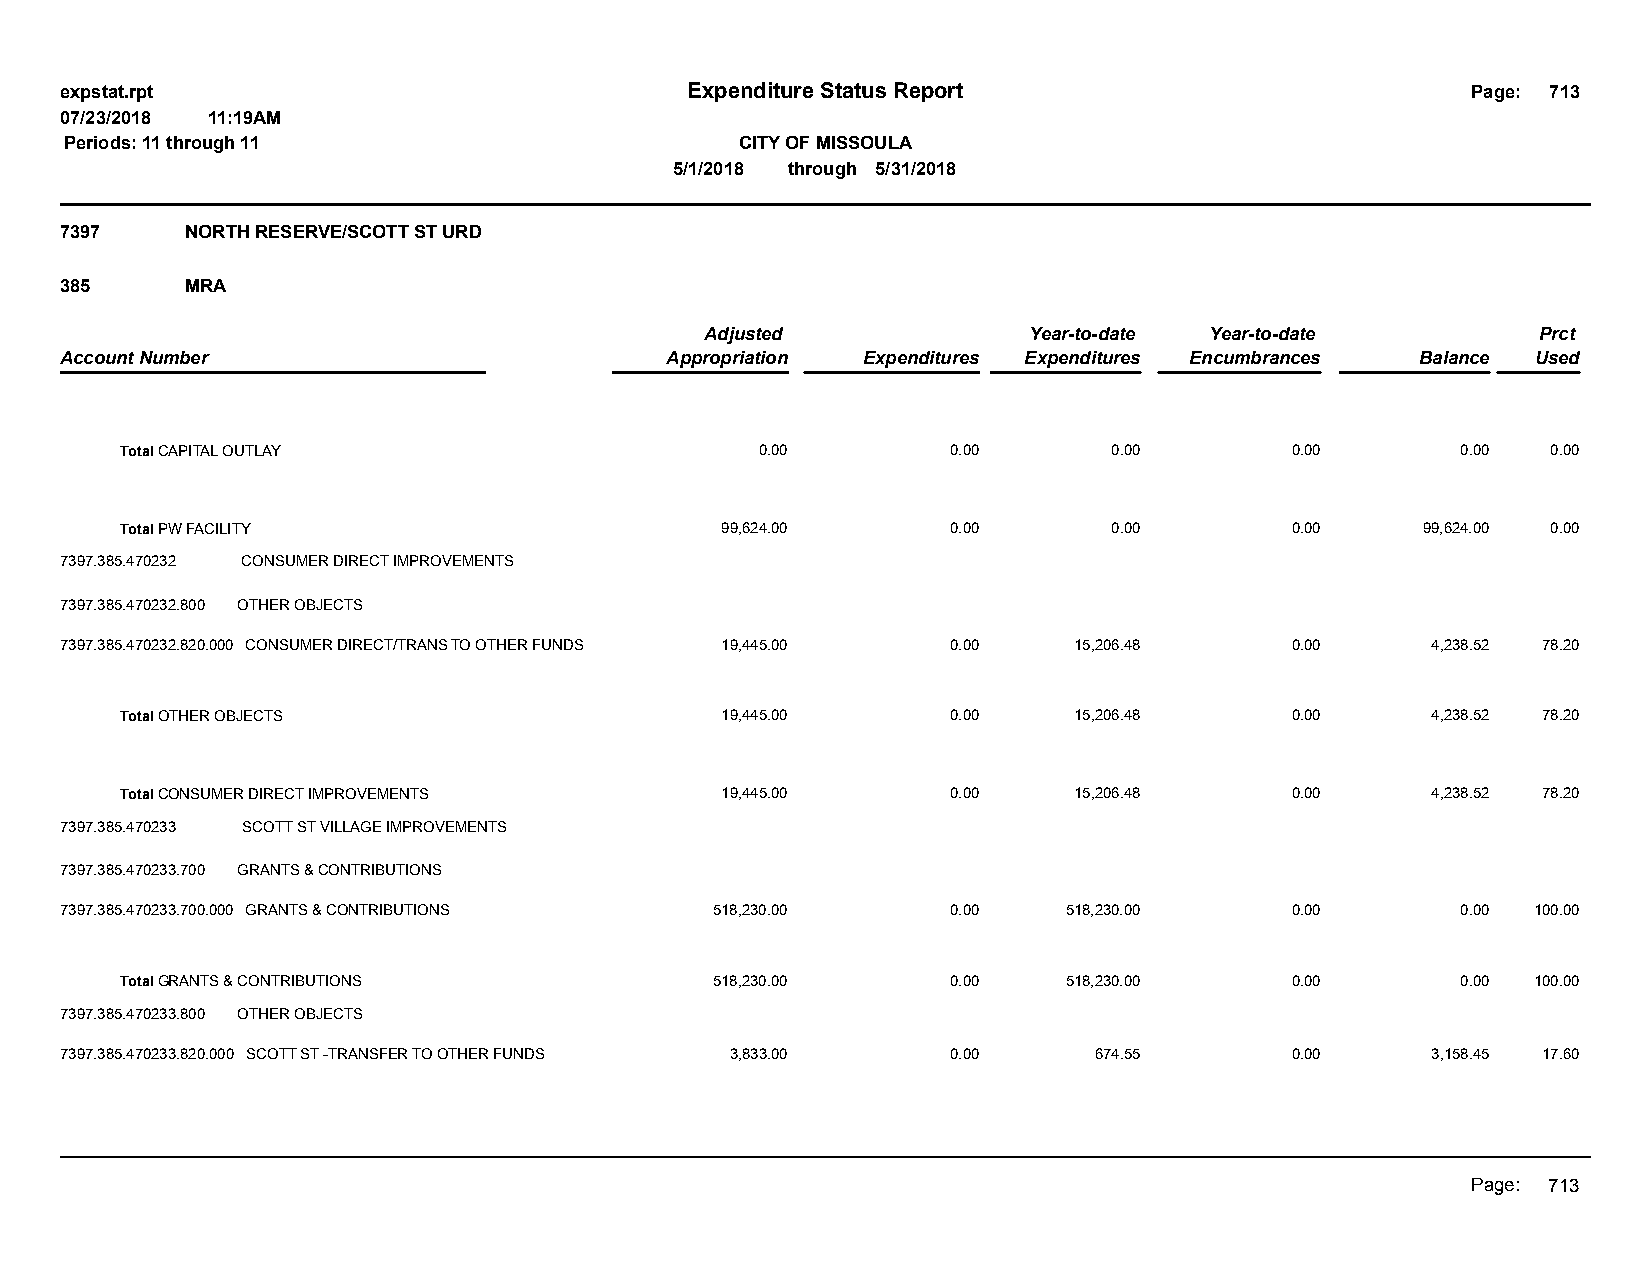
expstat.rpt                              Expenditure Status Report                           Page: 713
 07/23/2018 11:19AM
 Periods: 11 through 11                       CITY OF MISSOULA
 5/1/2018 through 5/31/2018
 7397    NORTH RESERVE/SCOTT ST URD
 385     MRA
 Adjusted             Year-to-date Year-to-date         Prct
 Account Number                          Appropriation Expenditures Expenditures Encumbrances Balance Used
 Total CAPITAL OUTLAY                      0.00         0.00       0.00       0.00        0.00  0.00
 Total PW FACILITY                       99,624.00      0.00       0.00       0.00     99,624.00 0.00
 7397.385.470232 CONSUMER DIRECT IMPROVEMENTS
 7397.385.470232.800 OTHER OBJECTS
 7397.385.470232.820.000 CONSUMER DIRECT/TRANS TO OTHER FUNDS 19,445.00 0.00 15,206.48 0.00 4,238.52 78.20
 Total OTHER OBJECTS                     19,445.00      0.00    15,206.48     0.00      4,238.52 78.20
 Total CONSUMER DIRECT IMPROVEMENTS      19,445.00      0.00    15,206.48     0.00      4,238.52 78.20
 7397.385.470233 SCOTT ST VILLAGE IMPROVEMENTS
 7397.385.470233.700 GRANTS & CONTRIBUTIONS
 7397.385.470233.700.000 GRANTS & CONTRIBUTIONS 518,230.00  0.00    518,230.00    0.00        0.00 100.00
 Total GRANTS & CONTRIBUTIONS           518,230.00      0.00    518,230.00    0.00        0.00 100.00
 7397.385.470233.800 OTHER OBJECTS
 7397.385.470233.820.000 SCOTT ST -TRANSFER TO OTHER FUNDS 3,833.00 0.00 674.55   0.00      3,158.45 17.60
 Page: 713